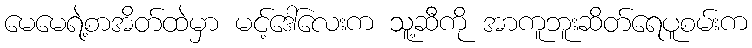
မေမေရဲ့စာအိတ်ထဲမှာ မင့်ဒေါ်လေးက သူ့ဆီကို အာကူဘူးဆိတ်ရေပူစမ်းက